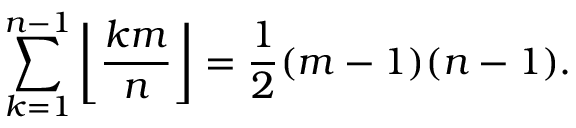
\sum _ { k = 1 } ^ { n - 1 } \left\lfloor { \frac { k m } { n } } \right\rfloor = { \frac { 1 } { 2 } } ( m - 1 ) ( n - 1 ) .